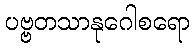
ပဗ္ဗတသာနုဂေါစရော